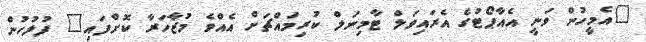
"އެމީހުން ވަނީ އެއާޕޯޓުގެ އެރައިވަލް ޓާމިނަލް ކުރިމައްޗަށް އެއްވެ މުޒާހަރާ ކޮށްފައި" ފުލުހުން